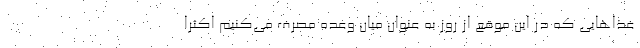
غذاهایی که در این موقع از روز به عنوان میان وعده مصرف می‌کنیم اکثرا